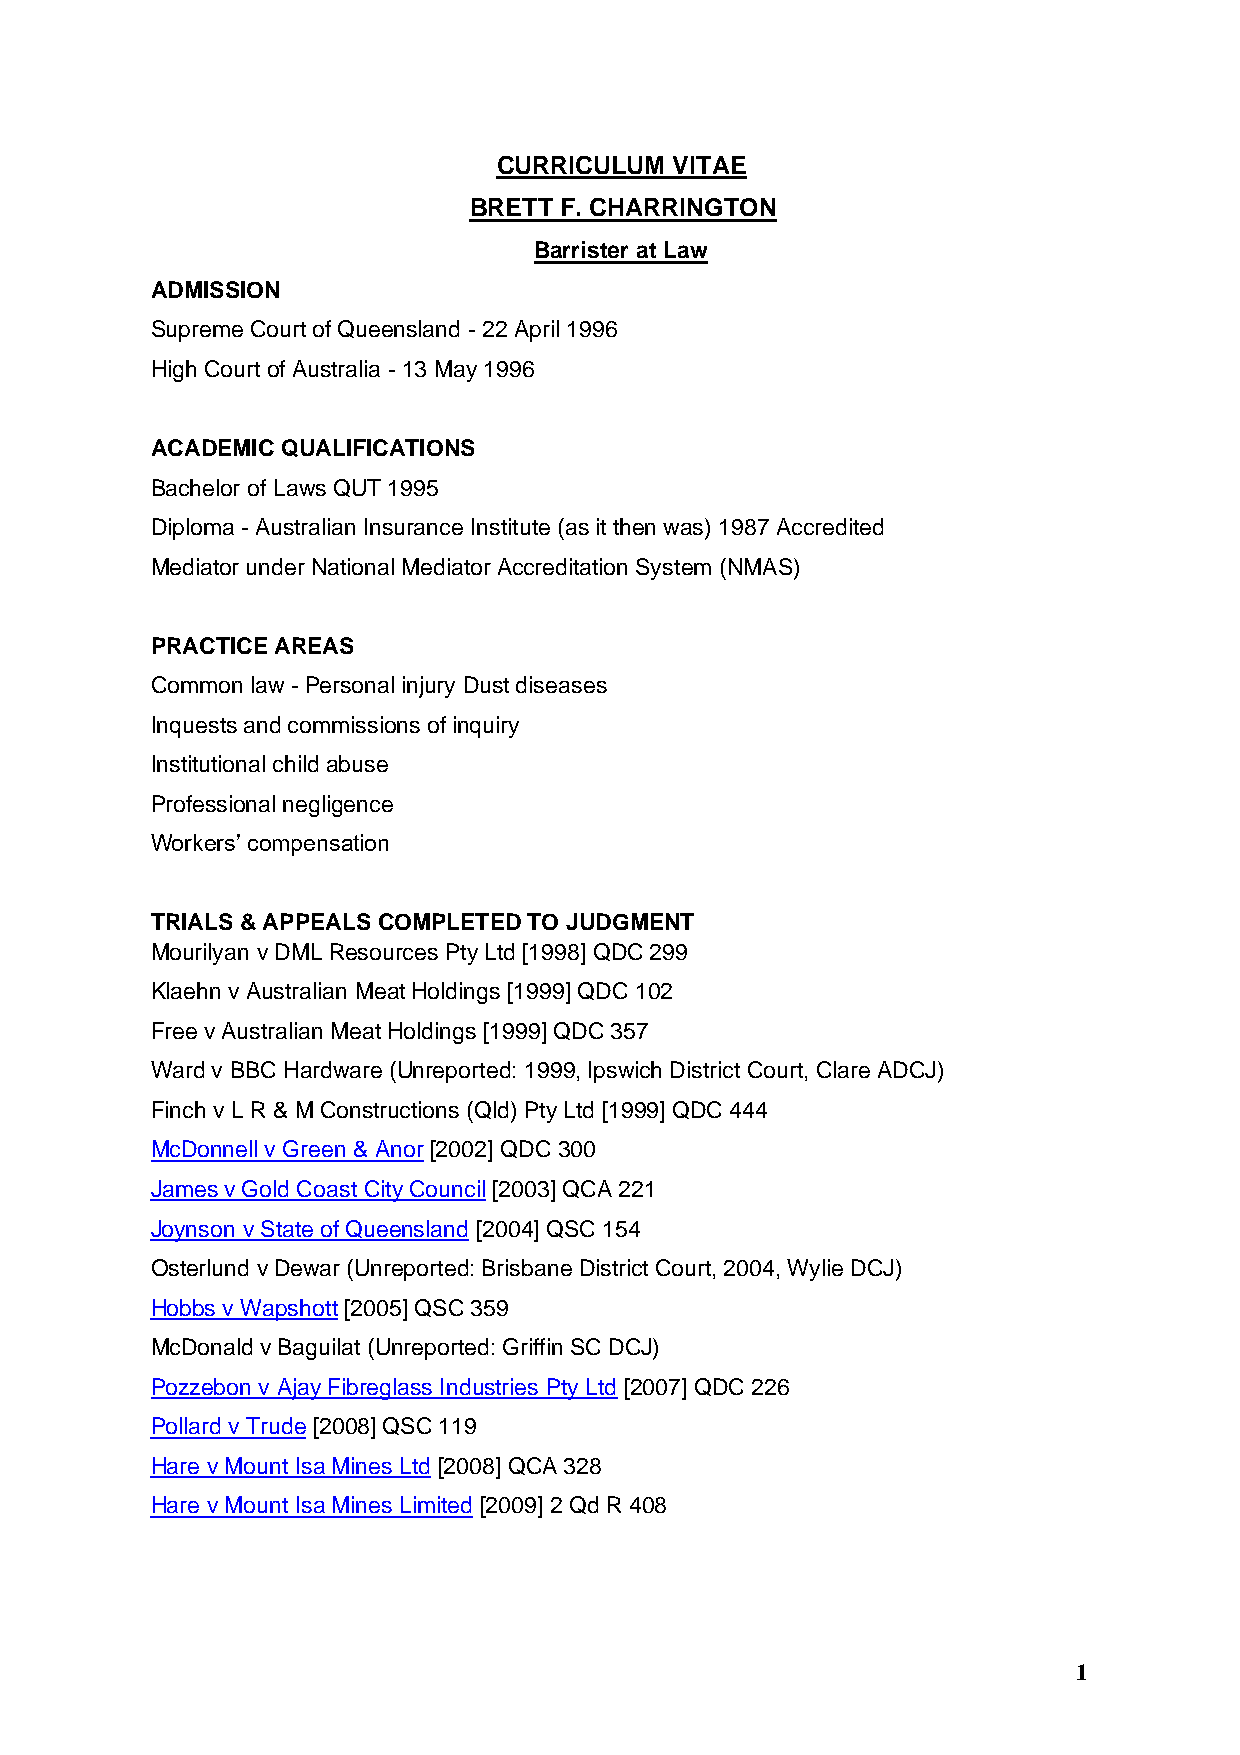
CURRICULUM  VITAE
 BRETT F. CHARRINGTON
 Barrister at Law
 ADMISSION
 Supreme Court of Queensland - 22 April 1996
 High Court of Australia - 13 May 1996
 ACADEMIC QUALIFICATIONS
 Bachelor of Laws QUT 1995
 Diploma - Australian Insurance Institute (as it then was) 1987 Accredited
 Mediator under National Mediator Accreditation System (NMAS)
 PRACTICE AREAS
 Common law - Personal injury Dust diseases
 Inquests and commissions of inquiry
 Institutional child abuse
 Professional negligence
 Workers’ compensation
 TRIALS & APPEALS COMPLETED TO JUDGMENT
 Mourilyan v DML Resources Pty Ltd [1998] QDC 299
 Klaehn v Australian Meat Holdings [1999] QDC 102
 Free v Australian Meat Holdings [1999] QDC 357
 Ward v BBC Hardware (Unreported: 1999, Ipswich District Court, Clare ADCJ)
 Finch v L R & M Constructions (Qld) Pty Ltd [1999] QDC 444
 McDonnell v Green & Anor [2002] QDC 300
 James v Gold Coast City Council [2003] QCA 221
 Joynson v State of Queensland [2004] QSC 154
 Osterlund v Dewar (Unreported: Brisbane District Court, 2004, Wylie DCJ)
 Hobbs v Wapshott [2005] QSC 359
 McDonald v Baguilat (Unreported: Griffin SC DCJ)
 Pozzebon v Ajay Fibreglass Industries Pty Ltd [2007] QDC 226
 Pollard v Trude [2008] QSC 119
 Hare v Mount Isa Mines Ltd [2008] QCA 328
 Hare v Mount Isa Mines Limited [2009] 2 Qd R 408
 1